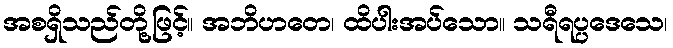
အစရှိသည်တို့ဖြင့်။ အဘိဟတေ၊ ထိပါးအပ်သော။ သရီရပ္ပဒေသေ၊